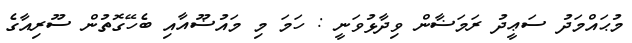
މުޙައްމަދު ސަޢީދު ރަމަޟާން ވިދާޅުވަނީ : ހަމަ މި މައުޟޫއާއި ބެހޭގޮތުން ސޫރިއާގެ